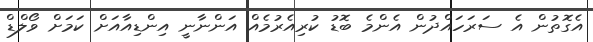
އެގޮތުން އެ ސަރަހައްދުން އެންމެ ބޮޑު ކުރިއެރުމެއް އަންނާނީ އިންޑިއާއަށް ކަމަށް ވޯލްޑް